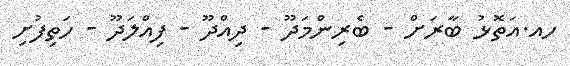
ހއ.އަތޮޅު ބާރަށް - ބެރިންމަދޫ - ދިއްދޫ - ފިއްލަދޫ - ހަތިފުށި